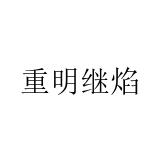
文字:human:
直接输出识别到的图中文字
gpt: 重明继焰